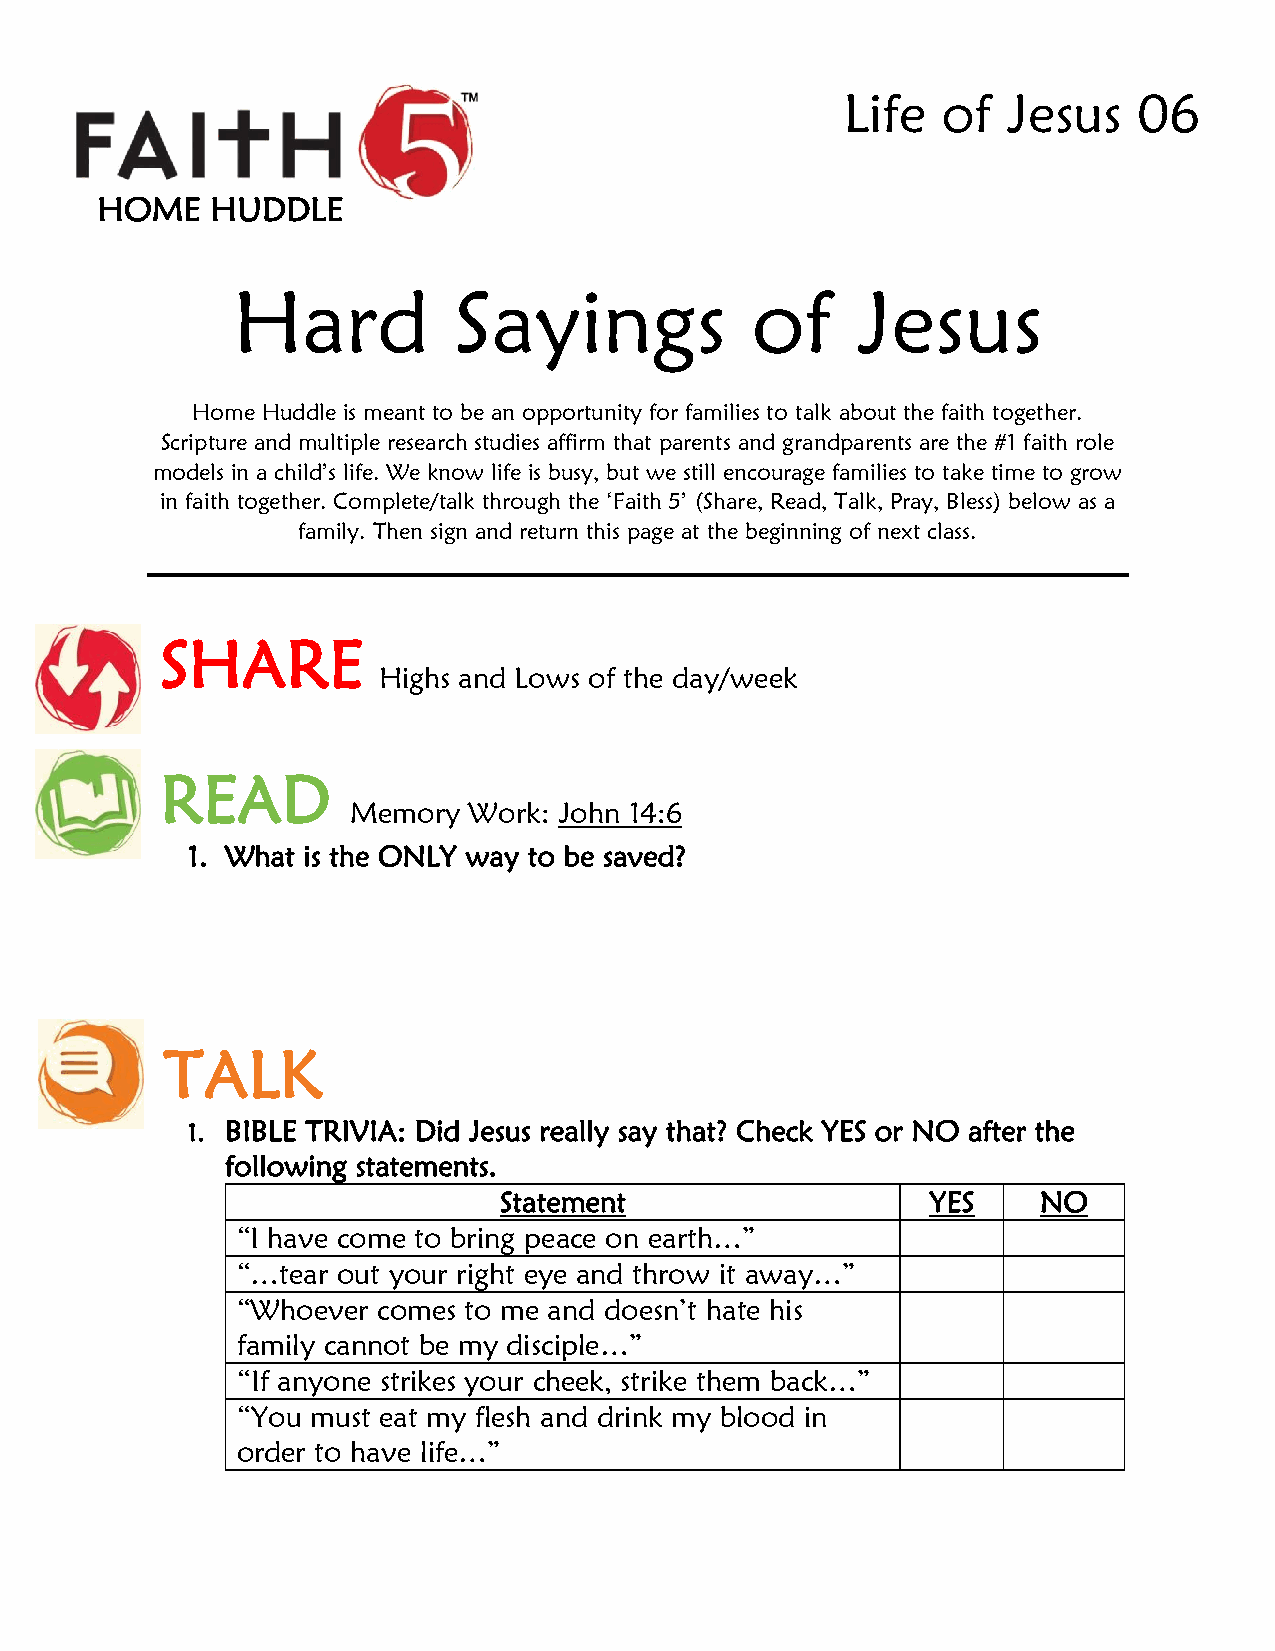
Life  of   Jesus   06
 HOME    HUDDLE
 Hard           Sayings             of     Jesus
 Home Huddle is meant to be an opportunity for families to talk about the faith together.
 Scripture and multiple research studies affirm that parents and grandparents are the #1 faith role
 models in a child’s life. We know life is busy, but we still encourage families to take time to grow
 in faith together. Complete/talk through the ‘Faith 5’ (Share, Read, Talk, Pray, Bless) below as a
 family. Then sign and return this page at the beginning of next class.
 SHARE
 Highs and Lows of the day/week
 READ
 Memory  Work: John 14:6
 1. What is the ONLY way to be saved?
 TALK
 1. BIBLE TRIVIA: Did Jesus really say that? Check YES or NO after the
 following statements.
 Statement                    YES    NO
 “I have come to bring peace on earth…”
 “…tear out your right eye and throw it away…”
 “Whoever comes to me and doesn’t hate his
 family cannot be my disciple…”
 “If anyone strikes your cheek, strike them back…”
 “You must eat my flesh and drink my blood in
 order to have life…”